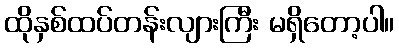
ထိုနှစ်ထပ်တန်းလျားကြီး မရှိတော့ပါ။